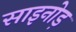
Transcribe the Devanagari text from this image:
साइनोड़